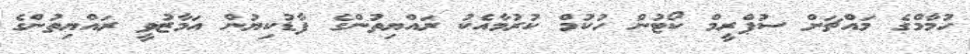
ހުމާމްގެ މައްޗަށް ސުޕްރީމް ކޯޓުން ހުކުމް ކުރުމާއެކު ރައްޔިތުންގެ ފާޑުކިޔުން އަމާޒުވީ ރައްޔިތުންގެ